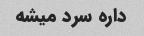
داره سرد میشه